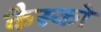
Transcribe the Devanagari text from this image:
कैस्को